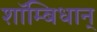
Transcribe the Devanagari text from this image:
शाॅम्बिधान्